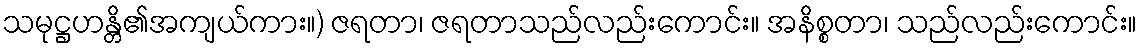
သမုဋ္ဌဟန္တိ၏အကျယ်ကား။) ဇရတာ၊ ဇရတာသည်လည်းကောင်း။ အနိစ္စတာ၊ သည်လည်းကောင်း။